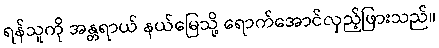
ရန်သူကို အန္တရာယ် နယ်မြေသို့ ရောက်အောင်လှည့်ဖြားသည်။